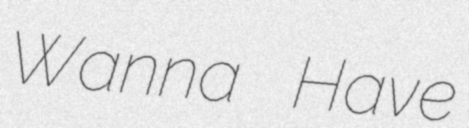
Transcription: Wanna Have